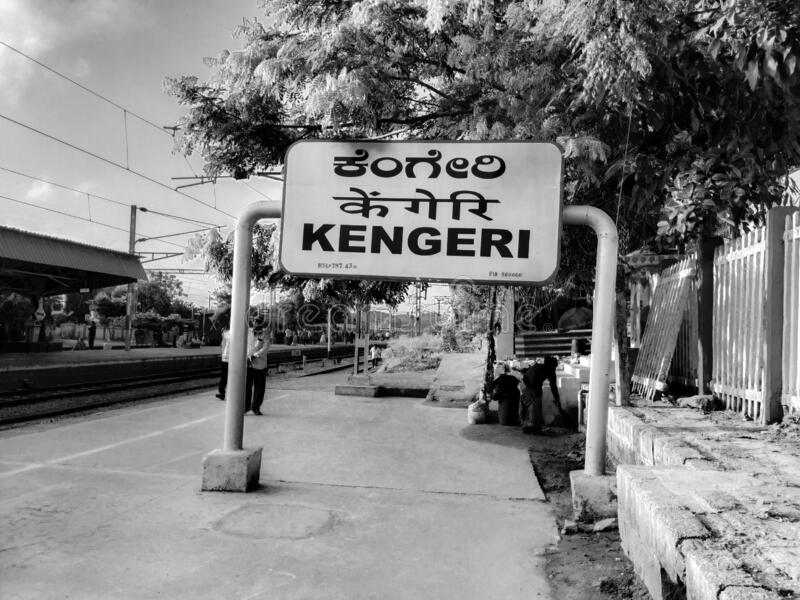
Language: kannada
Transcription: ಕೆಂಗೇರಿ